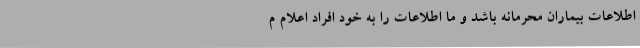
اطلاعات بیماران محرمانه باشد و ما اطلاعات را به خود افراد اعلام م